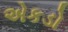
એકડો